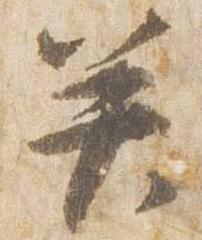
癸